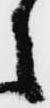
之